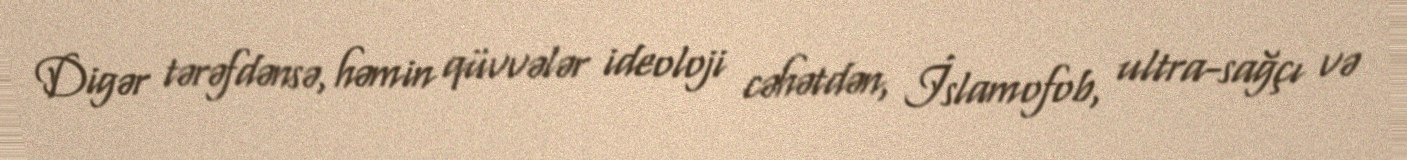
Digər tərəfdənsə, həmin qüvvələr ideoloji cəhətdən, İslamofob, ultra-sağçı və